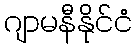
ဂျာမနီနိုင်ငံ